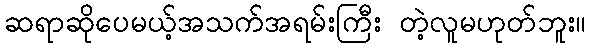
ဆရာဆိုပေမယ့်အသက်အရမ်းကြီး တဲ့လူမဟုတ်ဘူး။